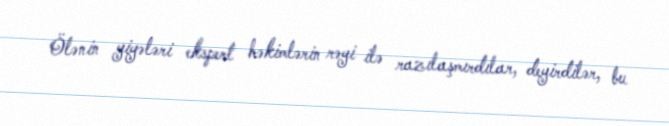
Ölənin yiyələri ekspert həkimlərin rəyi ilə razılaşmırdılar, deyirdilər, bu